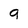
Character: g